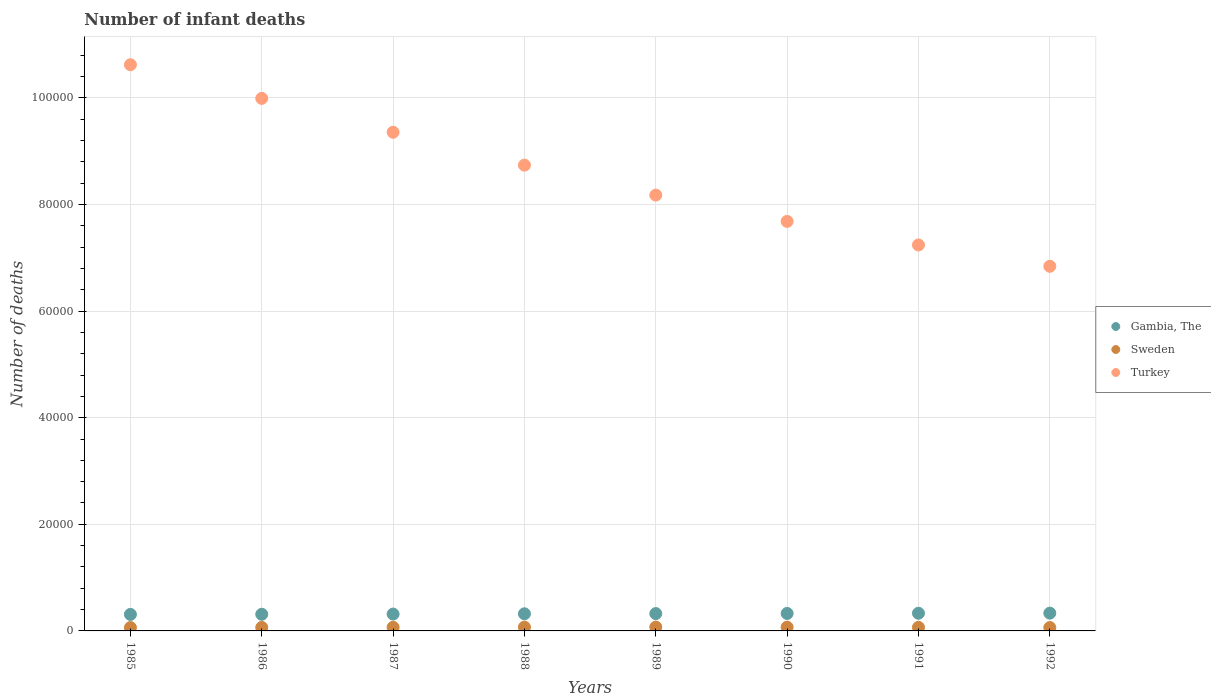
| Years | Gambia, The | Sweden | Turkey |
 | --- | --- | --- | --- |
 | 1985 | 3.1e+03 | 636 | 1.06e+05 |
 | 1986 | 3.12e+03 | 653 | 9.99e+04 |
 | 1987 | 3.16e+03 | 673 | 9.36e+04 |
 | 1988 | 3.22e+03 | 704 | 8.74e+04 |
 | 1989 | 3.26e+03 | 719 | 8.18e+04 |
 | 1990 | 3.28e+03 | 702 | 7.68e+04 |
 | 1991 | 3.32e+03 | 677 | 7.24e+04 |
 | 1992 | 3.34e+03 | 633 | 6.84e+04 |